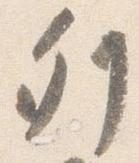
列